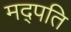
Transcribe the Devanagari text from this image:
मद्पति